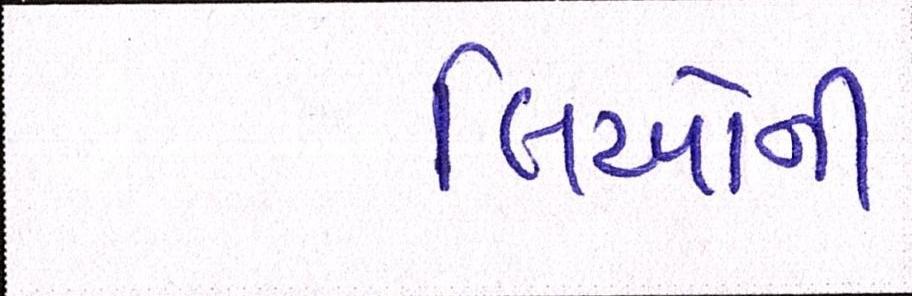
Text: લિઓની